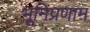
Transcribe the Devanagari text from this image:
भूमिप्रणाम